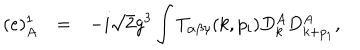
LaTeX: \begin{array} { r c l } { { ( e ) _ { A } ^ { 1 } } } & { { = } } & { { \displaystyle - i \sqrt { 2 } g ^ { 3 } \int T _ { \alpha \beta \gamma } ( k , p _ { i } ) D _ { k } ^ { A } D _ { k + p _ { 1 } } ^ { A } , } } \\ \end{array}